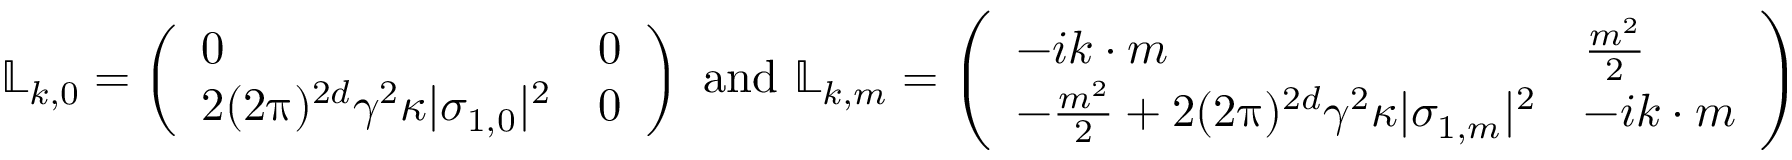
\mathbb L _ { k , 0 } = \left( \begin{array} { l l } { 0 } & { 0 } \\ { 2 ( 2 \uppi ) ^ { 2 d } \gamma ^ { 2 } \kappa | \sigma _ { 1 , 0 } | ^ { 2 } } & { 0 } \end{array} \right) \mathrm { ~ a n d ~ } \mathbb L _ { k , m } = \left( \begin{array} { l l } { - i k \cdot m } & { \frac { m ^ { 2 } } 2 } \\ { - \frac { m ^ { 2 } } 2 + 2 ( 2 \uppi ) ^ { 2 d } \gamma ^ { 2 } \kappa | \sigma _ { 1 , m } | ^ { 2 } } & { - i k \cdot m } \end{array} \right)